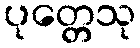
ပုတ္တေသု